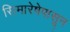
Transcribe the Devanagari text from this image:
सिमारेषेपासून